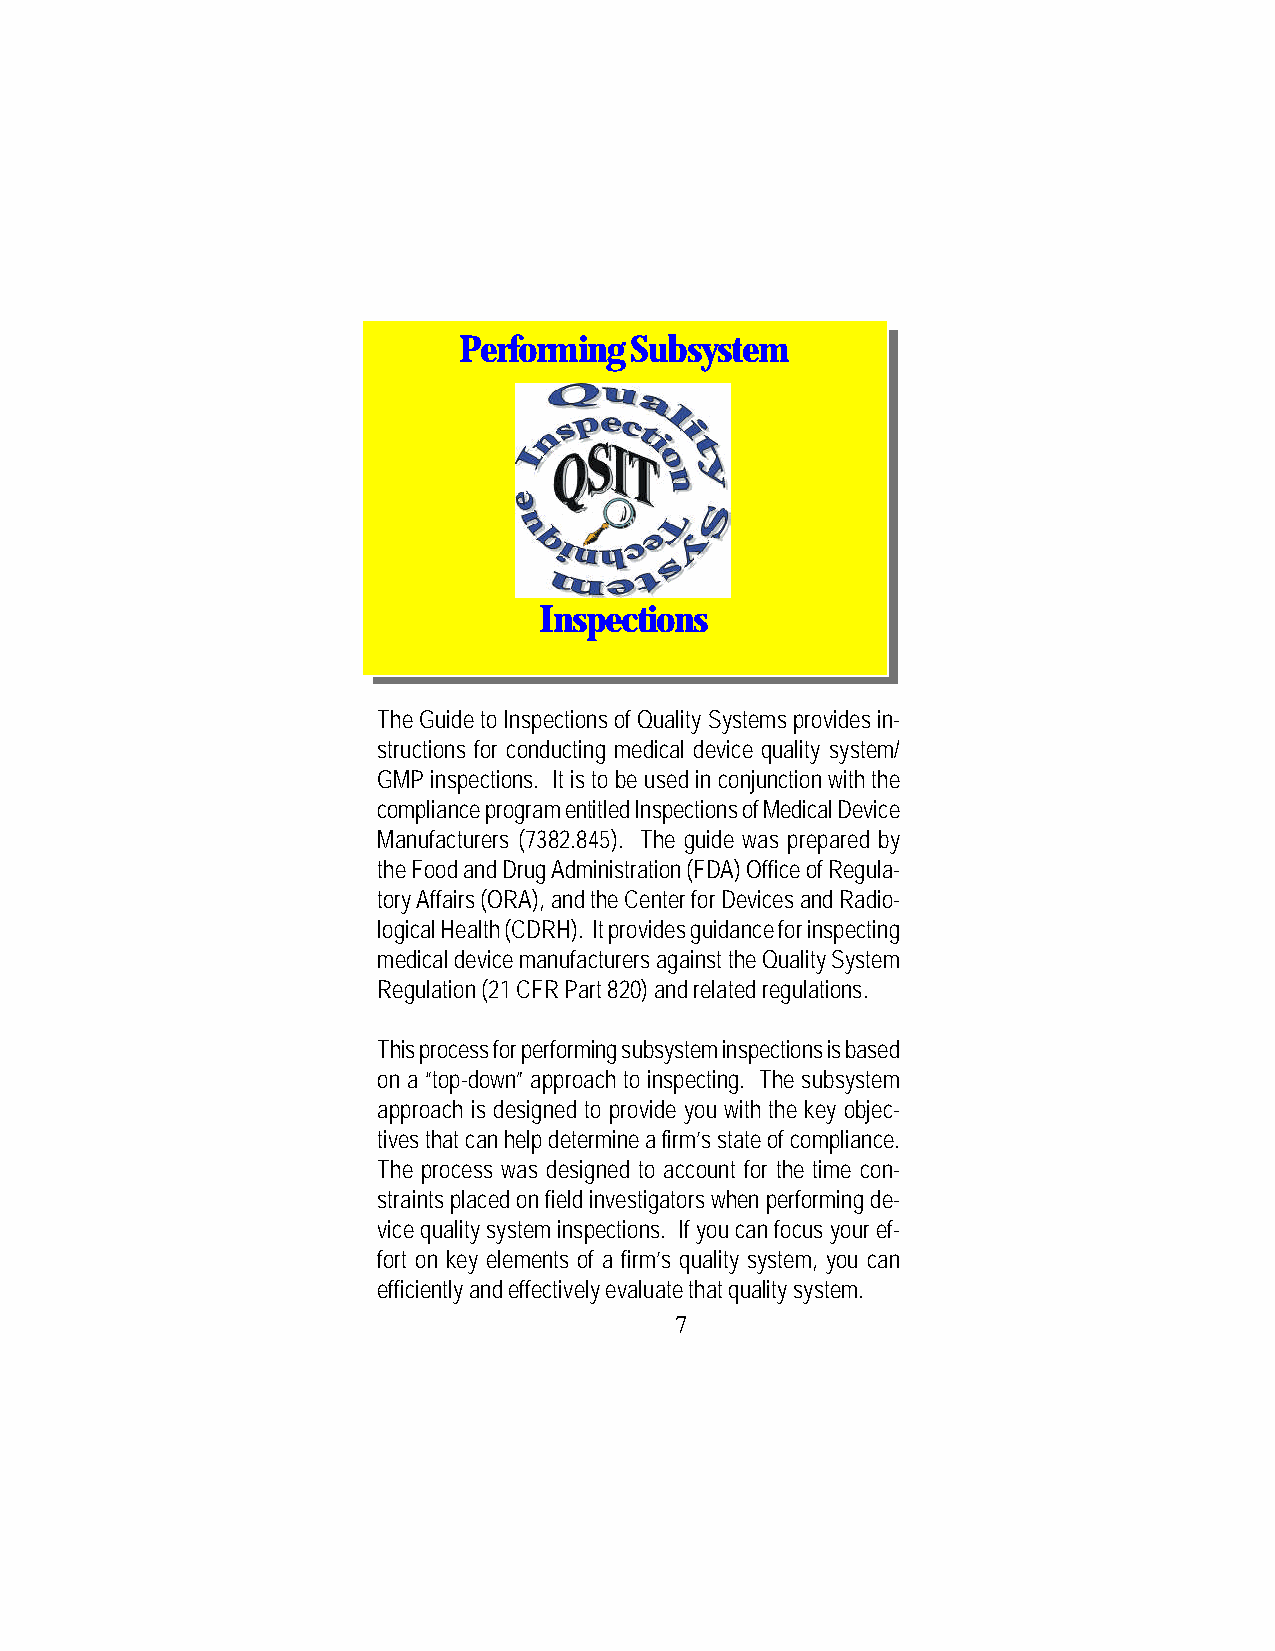
Performing  Subsystem
 Inspections
 The Guide to Inspections of Quality Systems provides in-
 structions for conducting medical device quality system/
 GMP inspections. It is to be used in conjunction with the
 compliance program entitled Inspections of Medical Device
 Manufacturers (7382.845). The guide was prepared by
 the Food and Drug Administration (FDA) Office of Regula-
 tory Affairs (ORA), and the Center for Devices and Radio-
 logical Health (CDRH). It provides guidance for inspecting
 medical device manufacturers against the Quality System
 Regulation (21 CFR Part 820) and related regulations.
 This process for performing subsystem inspections is based
 on a “top-down” approach to inspecting. The subsystem
 approach is designed to provide you with the key objec-
 tives that can help determine a firm’s state of compliance.
 The process was designed to account for the time con-
 straints placed on field investigators when performing de-
 vice quality system inspections. If you can focus your ef-
 fort on key elements of a firm’s quality system, you can
 efficiently and effectively evaluate that quality system.
 7